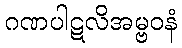
ဂဏပါဋလိအမ္ဗဝနံ